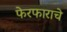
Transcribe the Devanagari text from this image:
फेरफाराचे